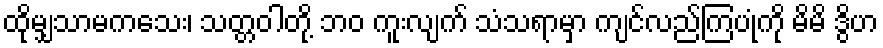
ထိုမျှသာမကသေး၊ သတ္တဝါတို့ ဘဝ ကူးလျက် သံသရာမှာ ကျင်လည်ကြပုံကို မိမိ ဒွိဟ